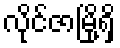
လိုင်ဇာမြို့ရှိ